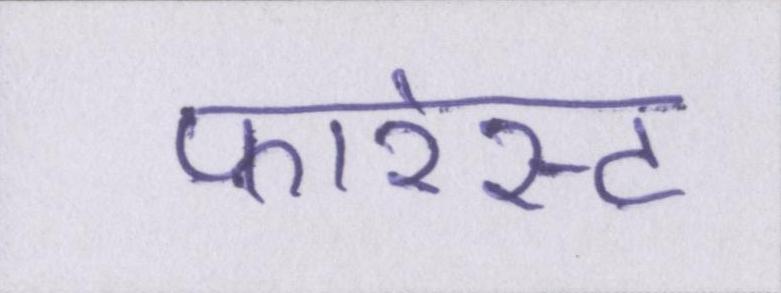
फारेस्ट